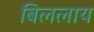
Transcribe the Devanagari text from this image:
बिललाय